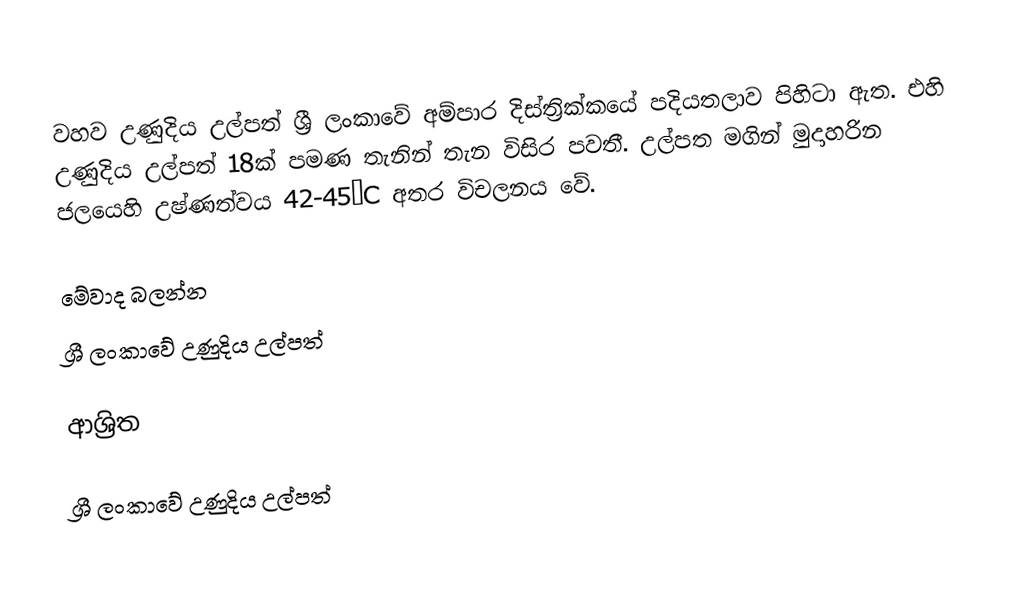
වහව උණුදිය උල්පත් ශ්‍රී ලංකාවේ අම්පාර දිස්ත්‍රික්කයේ පදියතලාව පිහිටා ඇත. එහි උණුදිය උල්පත් 18ක් පමණ තැනින් තැන විසිර පවතී. උල්පත මගින් මුදාහරින ජලයෙහි උෂ්ණත්වය 42-45°C අතර විචලනය වේ.

මේවාද බලන්න
 ශ්‍රී ලංකාවේ උණුදිය උල්පත්

ආශ්‍රිත

ශ්‍රී ලංකාවේ උණුදිය උල්පත්